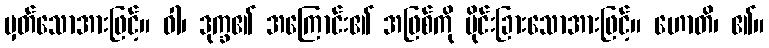
မှတ်သောအားဖြင့်။ ဝါ၊ ဒုက္ခ၏ အကြောင်း၏ အဖြစ်ကို ပိုင်းခြားသောအားဖြင့်။ ဟောတိ၊ ၏။